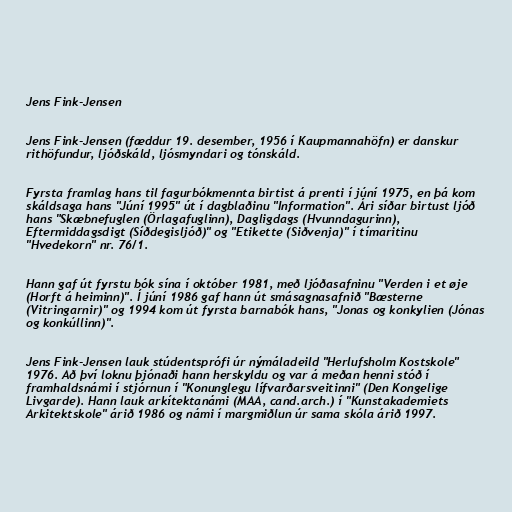
Jens Fink-Jensen

Jens Fink-Jensen (fæddur 19. desember, 1956 í Kaupmannahöfn) er danskur
rithöfundur, ljóðskáld, ljósmyndari og tónskáld.

Fyrsta framlag hans til fagurbókmennta birtist á prenti í júní 1975, en þá kom
skáldsaga hans "Júní 1995" út í dagblaðinu "Information". Ári síðar birtust ljóð
hans "Skæbnefuglen (Örlagafuglinn), Dagligdags (Hvunndagurinn),
Eftermiddagsdigt (Síðdegisljóð)" og "Etikette (Siðvenja)" í tímaritinu
"Hvedekorn" nr. 76/1.

Hann gaf út fyrstu bók sína í október 1981, með ljóðasafninu "Verden i et øje
(Horft á heiminn)". Í júní 1986 gaf hann út smásagnasafnið "Bæsterne
(Vitringarnir)" og 1994 kom út fyrsta barnabók hans, "Jonas og konkylien (Jónas
og konkúllinn)".

Jens Fink-Jensen lauk stúdentsprófi úr nýmáladeild "Herlufsholm Kostskole"
1976. Að því loknu þjónaði hann herskyldu og var á meðan henni stóð í
framhaldsnámi í stjórnun í "Konunglegu lífvarðarsveitinni" (Den Kongelige
Livgarde). Hann lauk arkítektanámi (MAA, cand.arch.) í "Kunstakademiets
Arkitektskole" árið 1986 og námi í margmiðlun úr sama skóla árið 1997.